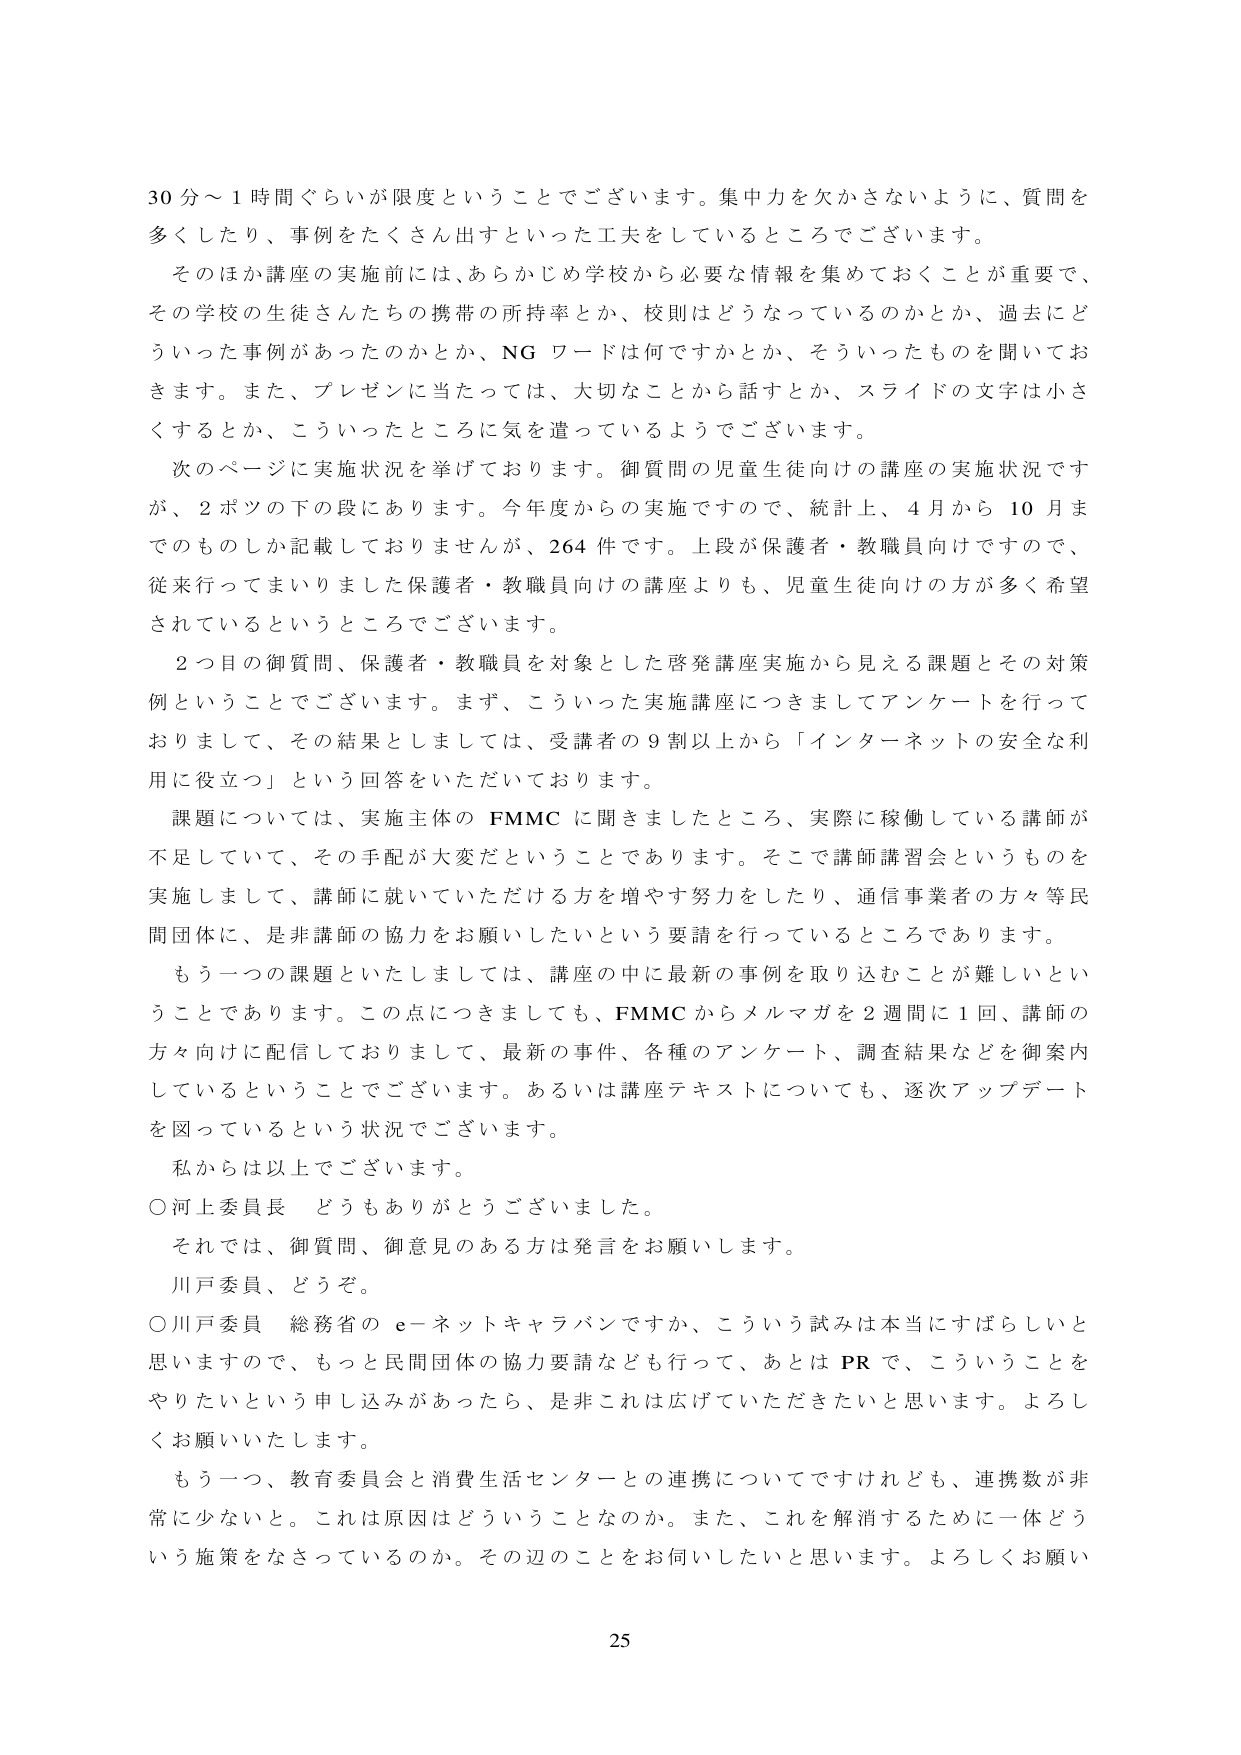
30分～1時間ぐらいが限度ということでございます。集中力を欠かさないように、質問を多くしたり、事例をたくさん出すといった工夫をしているところでございます。

そのほか講座の実施前には、あらかじめ学校から必要な情報を集めておくことが重要で、その学校の生徒さんたちの携帯の所持率とか、校則はどうなっているのかとか、過去にどういった事例があったのかとか、NGワードは何ですかとか、そういったものを聞いております。また、プレゼンに当たっては、大切なことから話すとか、スライドの文字は小さくするとか、こういったところに気を遣っているようでございます。

次のページに実施状況を挙げております。御質問の児童生徒向けの講座の実施状況ですが、2ポツの下の段にあります。今年度からの実施ですので、統計上、4月から10月までのものしか記載しておりませんが、264件です。上段が保護者・教職員向けですので、従来行ってまいりました保護者・教職員向けの講座よりも、児童生徒向けの方が多く希望されているというところでございます。

2つ目の御質問、保護者・教職員を対象とした啓発講座実施から見える課題とその対策例ということでございます。まず、こういった実施講座につきましてアンケートを行っておりまして、その結果としましては、受講者の9割以上から「インターネットの安全な利用に役立つ」という回答をいただいております。

課題については、実施主体のFMMCに聞きましたところ、実際に稼働している講師が不足していて、その手配が大変だということであります。そこで講師講習会というものを実施しまして、講師に就いていただける方を増やす努力をしたり、通信事業者の方々等民間団体には、是非講師の協力をお願いしたいという要請を行っているところであります。

もう一つの課題といたしましては、講座の中に最新の事例を取り込むことが難しいということです。この点につきましても、FMMCからメルマガを2週間に1回、講師の方々向けに配信しておりまして、最新の事件、各種のアンケート、調査結果などを御案内しているということでございます。あるいは講座テキストについても、逐次アップデートを図っているという状況でございます。

私からは以上でございます。

○河上委員長 どうもありがとうございました。

それでは、御質問、御意見のある方は発言をお願いします。

川戸委員、どうぞ。

○川戸委員 総務省のe－ネットキャラバンですか、こういう試みは本当にすばらしいと思いますので、もっと民間団体の協力要請なども行って、あとはPRで、こういうことをやりたいという申し込みがあったら、是非これは広げていただきたいと思います。よろしくお願いいたします。

もう一つ、教育委員会と消費生活センターとの連携についてですけれども、連携数が非常に少ないとの。これは原因はどういうことなのか。また、これを解消するために一体どういう施策をなさっているのか。その辺のことをお伺いしたいと思います。よろしくお願い

25